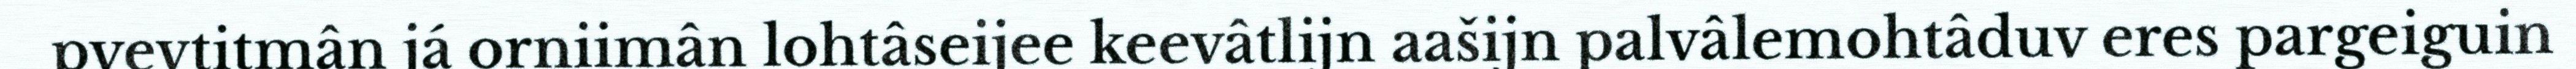
pyevtitmân já orniimân lohtâseijee keevâtlijn aašijn palvâlemohtâduv eres pargeiguin